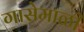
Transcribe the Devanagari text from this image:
गासेमाळी